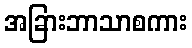
အခြားဘာသာစကား